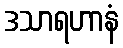
ဒသာရဟာနံ